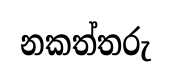
නකත්තරු